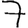
Digit: 7